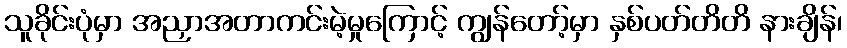
သူခိုင်းပုံမှာ အညှာအတာကင်းမဲ့မှုကြောင့် ကျွန်တော့်မှာ နှစ်ပတ်တိတိ နားချိန်၊